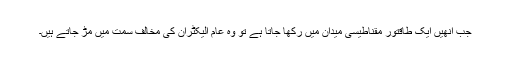
جب انھیں ایک طاقتور مقناطیسی میدان میں رکھا جاتا ہے تو وہ عام الیکٹران کی مخالف سمت میں مڑ جاتے ہیں۔